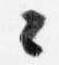
々